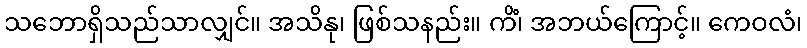
သဘောရှိသည်သာလျှင်။ အသိနု၊ ဖြစ်သနည်း။ ကိံ၊ အဘယ်ကြောင့်။ ကေဝလံ၊